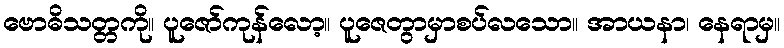
ဗောဓိသတ္တကို။ ပူဇော်ကုန်လော့။ ပူဇေတွာမှာစပ်လသော။ အာယနာ၊ နေရာမှ။